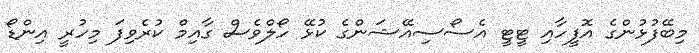
މިބޭފުޅުންގެ އޮފީހާއި ޓީޓީ އެސޯސިއޭޝަންގެ ކުޅޭ ހޯލްވެސް ގާއިމް ކުރެވިފަ މިހުރީ އިންޑޯ